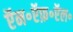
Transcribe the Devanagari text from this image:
ऍन॰ऍफ़॰ऍल॰